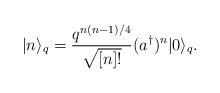
LaTeX: \begin{align*}|n\rangle_q=\frac{q^{n(n-1)/4}}{\sqrt{[n]!}}(a^\dagger)^n|0\rangle_q.\end{align*}